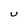
Character: U